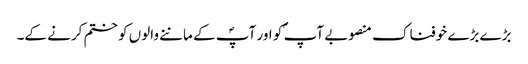
بڑے بڑے خوفناک منصوبے آپ ؐ کو اور آپؐ کے ماننے والوں کو ختم کرنے کے۔